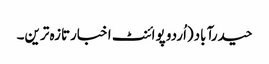
حیدرآباد(اُردو پوائنٹ اخبارتازہ ترین۔